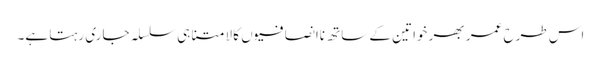
اس طرح عمر بھر خواتین کے ساتھ ناانصافیوں کا لامتناہی سلسلہ جاری رہتا ہے۔